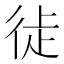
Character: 𢓺